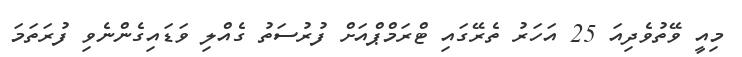
މިއީ ވޭތުވެދިއަ 25 އަހަރު ތެރޭގައި ޓްރަމްޕްއަށް ފުރުސަތު ގެއްލި ވަޑައިގެންނެވި ފުރަތަމަ